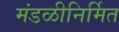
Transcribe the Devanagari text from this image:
मंडळीनिर्मित